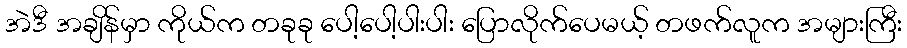
အဲဒီ အချိန်မှာ ကိုယ်က တခုခု ပေါ့ပေါ့ပါးပါး ပြောလိုက်ပေမယ့် တဖက်လူက အများကြီး